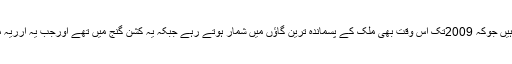
اس پارلیمانی حلقہ میں رہے کچھ ایسے گاؤں ہیں جوکہ 2009تک اس وقت بھی ملک کے پسماندہ ترین گاؤں میں شمار ہوتے رہے جبکہ یہ کشن گنج میں تھے اورجب یہ ارریہ میں آگئے تب بھی ان کی قسمت نہیں بدلی ہے۔